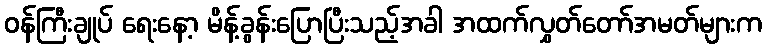
ဝန်ကြီးချုပ် ရေးနော့ မိန့်ခွန်းပြောပြီးသည့်အခါ အထက်လွှတ်တော်အမတ်များက